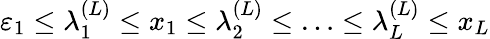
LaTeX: \varepsilon_{1}\leq\lambda_{1}^{(L)}\leq x_{1}\leq\lambda_{2}^{(L)}\leq\ldots\leq\lambda_{L}^{(L)}\leq x_{L}